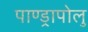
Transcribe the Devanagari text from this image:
पाण्ड्रापोलु